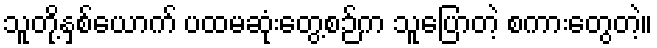
သူတို့နှစ်ယောက် ပထမဆုံးတွေ့စဉ်က သူပြောတဲ့ စကားတွေတဲ့။